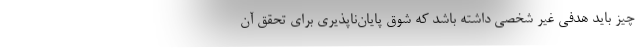
چیز باید هدفی غیر شخصی داشته باشد که شوق پایان‌ناپذیری برای تحقق آن